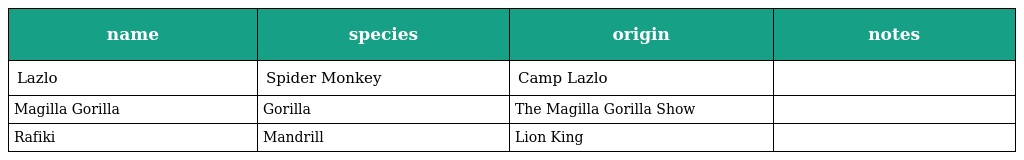
| name | species | origin | notes |
 | --- | --- | --- | --- |
 | Lazlo | Spider Monkey | Camp Lazlo |  |
 | Magilla Gorilla | Gorilla | The Magilla Gorilla Show |  |
 | Rafiki | Mandrill | Lion King |  |